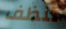
تنظف